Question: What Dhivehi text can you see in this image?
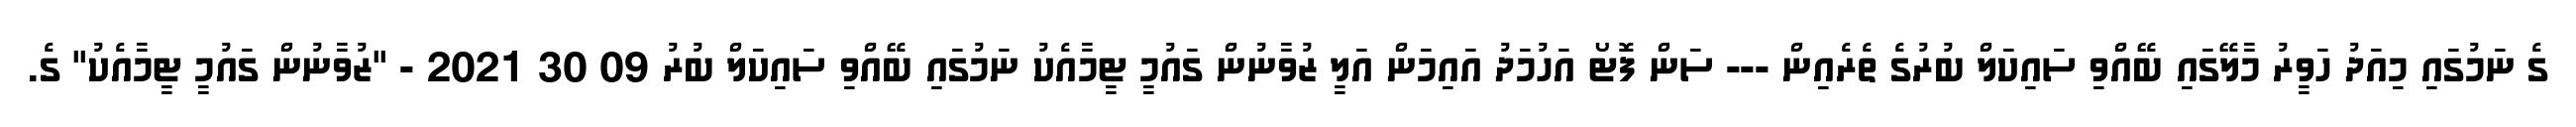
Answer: ގެ ނަމުގައި މިއަދު ހަވީރު މާލޭގައި ބޭއްވި ސައިކަލް ބުރުގެ ތެރެއިން --- ސަން ފޮޓޯ އަހުމަދު އައިމަން އަލީ ޒުވާނުން ގައުމީ ޓީމާއެކު ނަމުގައި ބޭއްވި ސައިކަލް ބުރު 09 30 2021 - "ޒުވާނުން ގައުމީ ޓީމާއެކު" ގެ.